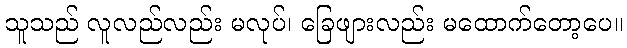
သူသည် လူလည်လည်း မလုပ်၊ ခြေဖျားလည်း မထောက်တော့ပေ။